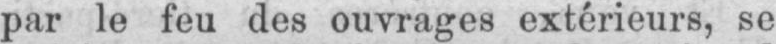
par le feu des ouvrages extérieurs, se